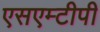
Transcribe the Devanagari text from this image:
एसएम्टीपी